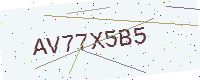
Text: AV77X5B5